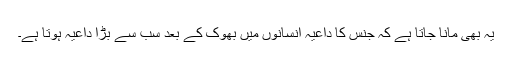
یہ بھی مانا جاتا ہے کہ جنس کا داعیہ انسانوں میں بھوک کے بعد سب سے بڑا داعیہ ہوتا ہے۔